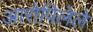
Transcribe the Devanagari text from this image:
आरोपिलेले